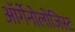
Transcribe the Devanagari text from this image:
ऑर्गेनोलोजिस्ट